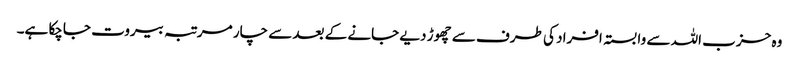
وہ حزب اللہ سے وابستہ افراد کی طرف سے چھوڑ دیے جانے کے بعد سے چار مرتبہ بیروت جاچکا ہے۔